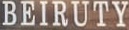
BEIRUTY